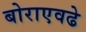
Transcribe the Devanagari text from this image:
बोराएवढे